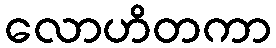
လောဟိတကာ